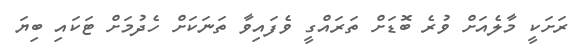
ރަށަކީ މާލެއަށް ވުރެ ބޮޑަށް ތަރައްގީ ވެފައިވާ ތަނަކަށް ހެދުމަށް ޓަކައި ބިޔަ